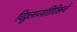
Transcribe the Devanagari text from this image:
विठ्ठलाव्यतिरिक्तचे